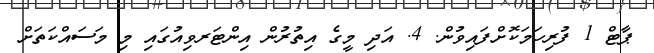
ޕާޓް 1 ފުރިހަމަކޮށްފައިވުން. 4. އަދި މީގެ އިތުރުން އިންޓަރވިއުގައި މި މަސައްކަތަށް